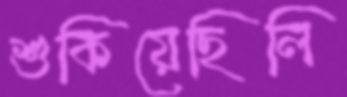
শুকিয়েছিলি